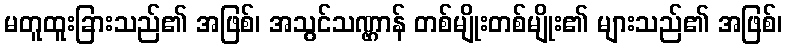
မတူထူးခြားသည်၏ အဖြစ်၊ အသွင်သဏ္ဌာန် တစ်မျိုးတစ်မျိုး၏ များသည်၏ အဖြစ်၊